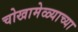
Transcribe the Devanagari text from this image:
चोखामेळ्याच्या